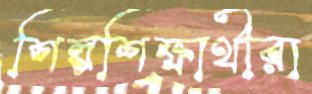
শিল্পশিক্ষার্থীরা